Annual report of the Punjab Veterinary College and of the Civil Veterinary Department, Punjab - 1894-1908
Year: 1894
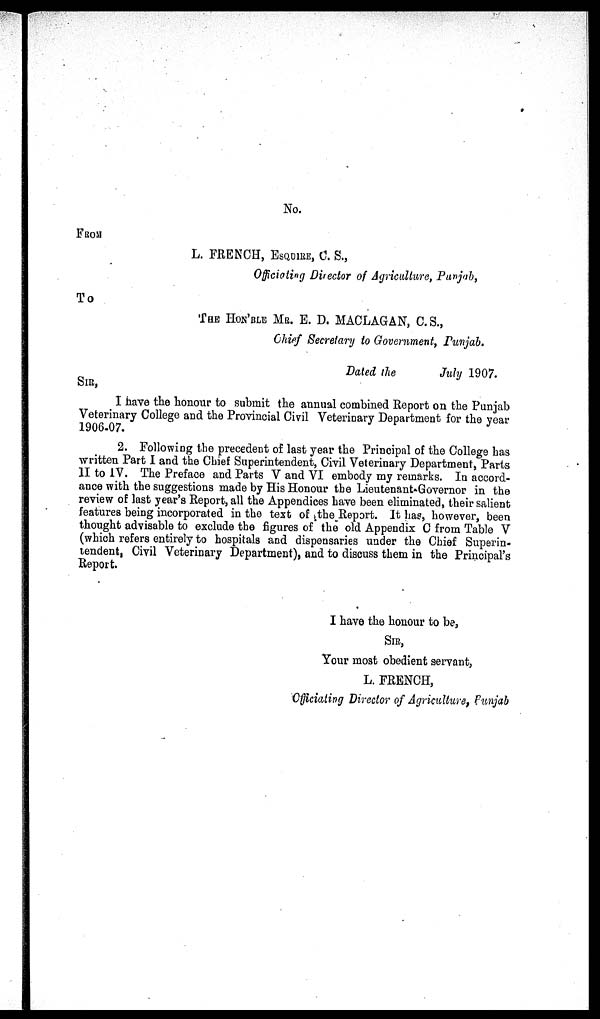
No.
FROM
L. FRENCH, ESQUIRE, C. S.,
Officiating Director of Agriculture, Punjab,
To
THE HON'BLE MR. E. D. MACLAGAN, C.S.,
Chief Secretary to Government, Punjab.
Dated the
July 1907.
SIR,
I have the honour to submit the annual combined Report on the Punjab
Veterinary College and the Provincial Civil Veterinary Department for the year
1906-07.
2. Following the precedent of last year the Principal of the College has
written Part I and the Chief Superintendent, Civil Veterinary Department, Parts
II to IV. The Preface and Parts V and VI embody my remarks. In accord-
ance with the suggestions made by His Honour the Lieutenant-Governor in the
review of last year's Report, all the Appendices have been eliminated, their salient
features being incorporated in the text of the Report. It has, however, been
thought advisable to exclude the figures of the old Appendix C from Table V
(which refers entirely to hospitals and dispensaries under the Chief Superin-
tendent, Civil Veterinary Department), and to discuss them in the Principal's
Report.
I have the honour to be,
SIR,
Your most obedient servant,
L. FRENCH,
Officiating Director of Agriculture, Punjab